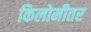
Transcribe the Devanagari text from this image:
किलोमीतर